Leaving Certificate Examination, 1910
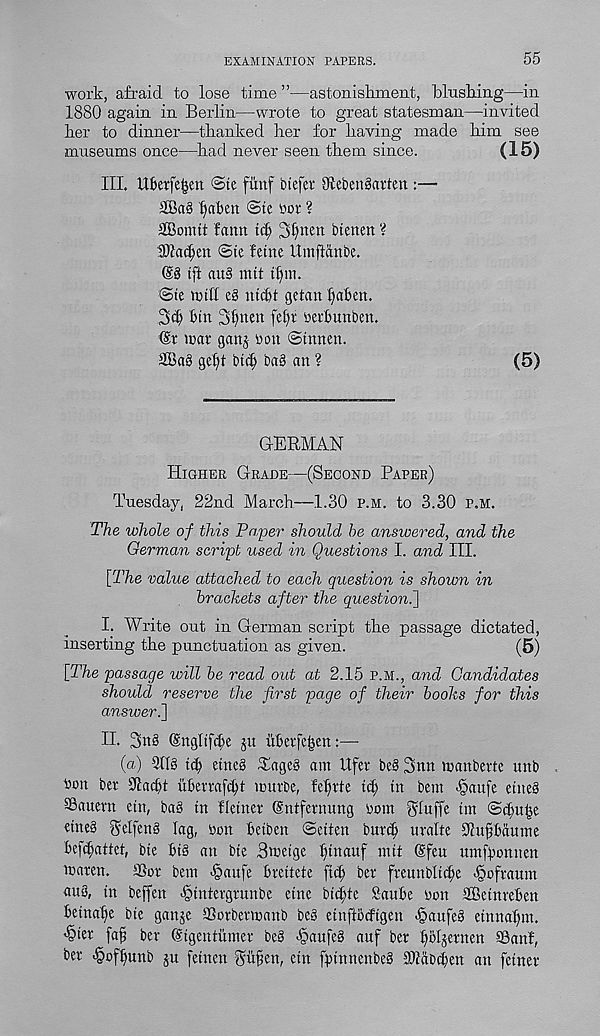
EXAMINATION PAPERS.
55
work, afraid to lose time”—astonishment, blushing—in
1880 again in Berlin—wrote to great statesman—invited
her to dinner—thanked her for having made him see
museums once—had never seen them since.
(15)
III. Ubetjefjen ©te fiinf liefer Olebengarten :—
2Ba§ ^aben @te lor ?
2Bomtt faun tc^ 3f»nen btenen ‘i
SHac^en ©te feme Umftanbe.
@8 iff au§ nut tf)m.
©te miff e8 nic^t getan fatten.
3^ Bin 3f)nen fel)r nerBunben.
^r mar ganj bon ©thnen.
2Ba8 gefit btcf) ba8 an ?
(5)
GERMAN
Higher Grade—(Second Paper)
Tuesday, 22nd March—1.30 p.m. to 3.30 p,m.
The whole of this Paper should he answered, and the
German script used in Questions I. and III.
[The value attached to each question is shown in
brackets after the question^]
I. Write out in German script the passage dictated,
inserting the punctuation as given.
(5)
[The passage will be read out at 2.15 p.m., and Candidates
should reserve the first page of their books for this
answeri]
II. 2>n§ (SnglifiBe ju uBerfeijen:—
(a) 3118 id) etne8 £age8 am Ufer be8 3nn manberte unb
bon ber fflacfff uBertafctff murbe, fetirte id) in bem <§aufe eine8
SSanern ein, ba8 in fietner (Sntfernung bom ^luffe tm ©tBu|e
eine8 gelfen8 lag, bon Beiben ©eiten bur(^ uralte 9?ufjBaume
Bef^attet, bie Bi8 an bte Bmeige ^tnauf mit ©feu untfponnen
maren. Tor bem >§aufe Breitete ftci; ber freunblic^e ^ofraum
<iu8, in beffen ^intergrunbe eine bidffe SauBe bon ffletnreBen
Beina^e bte ganje Torbermanb be8 einftbcfigen <§aufe8 einnafnn.
^ter fa^ ber ©tgentiimer be8 <§aufe8 auf ber ^oljernen Tanf,
ber <§ofiunb ju fetnen 3n§en, ein fptnnenbe8 SJtftbtBett an fetner